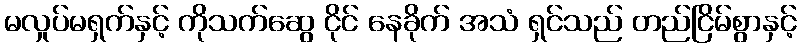
မလှုပ်မရှက်နှင့် ကိုသက်ဆွေ ငိုင် နေခိုက် အသံ ရှင်သည် တည်ငြိမ်စွာနှင့်